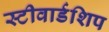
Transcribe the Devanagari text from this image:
स्टीवार्डशिप